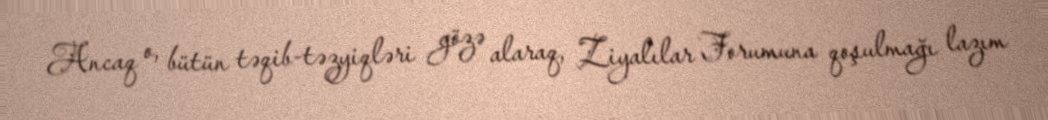
Ancaq o, bütün təqib-təzyiqləri gözə alaraq, Ziyalılar Forumuna qoşulmağı lazım